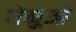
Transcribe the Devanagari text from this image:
धेनुओं